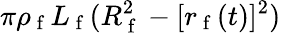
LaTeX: \pi\rho_{\mathrm{~f~}}L_{\mathrm{~f~}}(R_{\mathrm{~f~}}^{2}-[r_{\mathrm{~f~}}(t)]^{2})